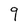
Character: 9